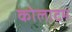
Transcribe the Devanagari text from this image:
कोलाटम